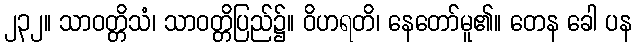
၂၃၂။ သာဝတ္တိသံ၊ သာဝတ္တိပြည်၌။ ဝိဟရတိ၊ နေတော်မူ၏။ တေန ခေါ ပန